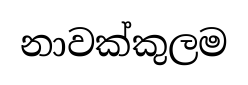
නාවක්කුලම